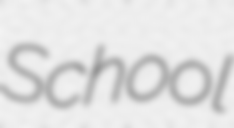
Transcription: School